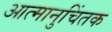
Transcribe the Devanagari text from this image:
आत्मानुचिंतक